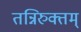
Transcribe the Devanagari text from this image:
तन्निरुक्तम्